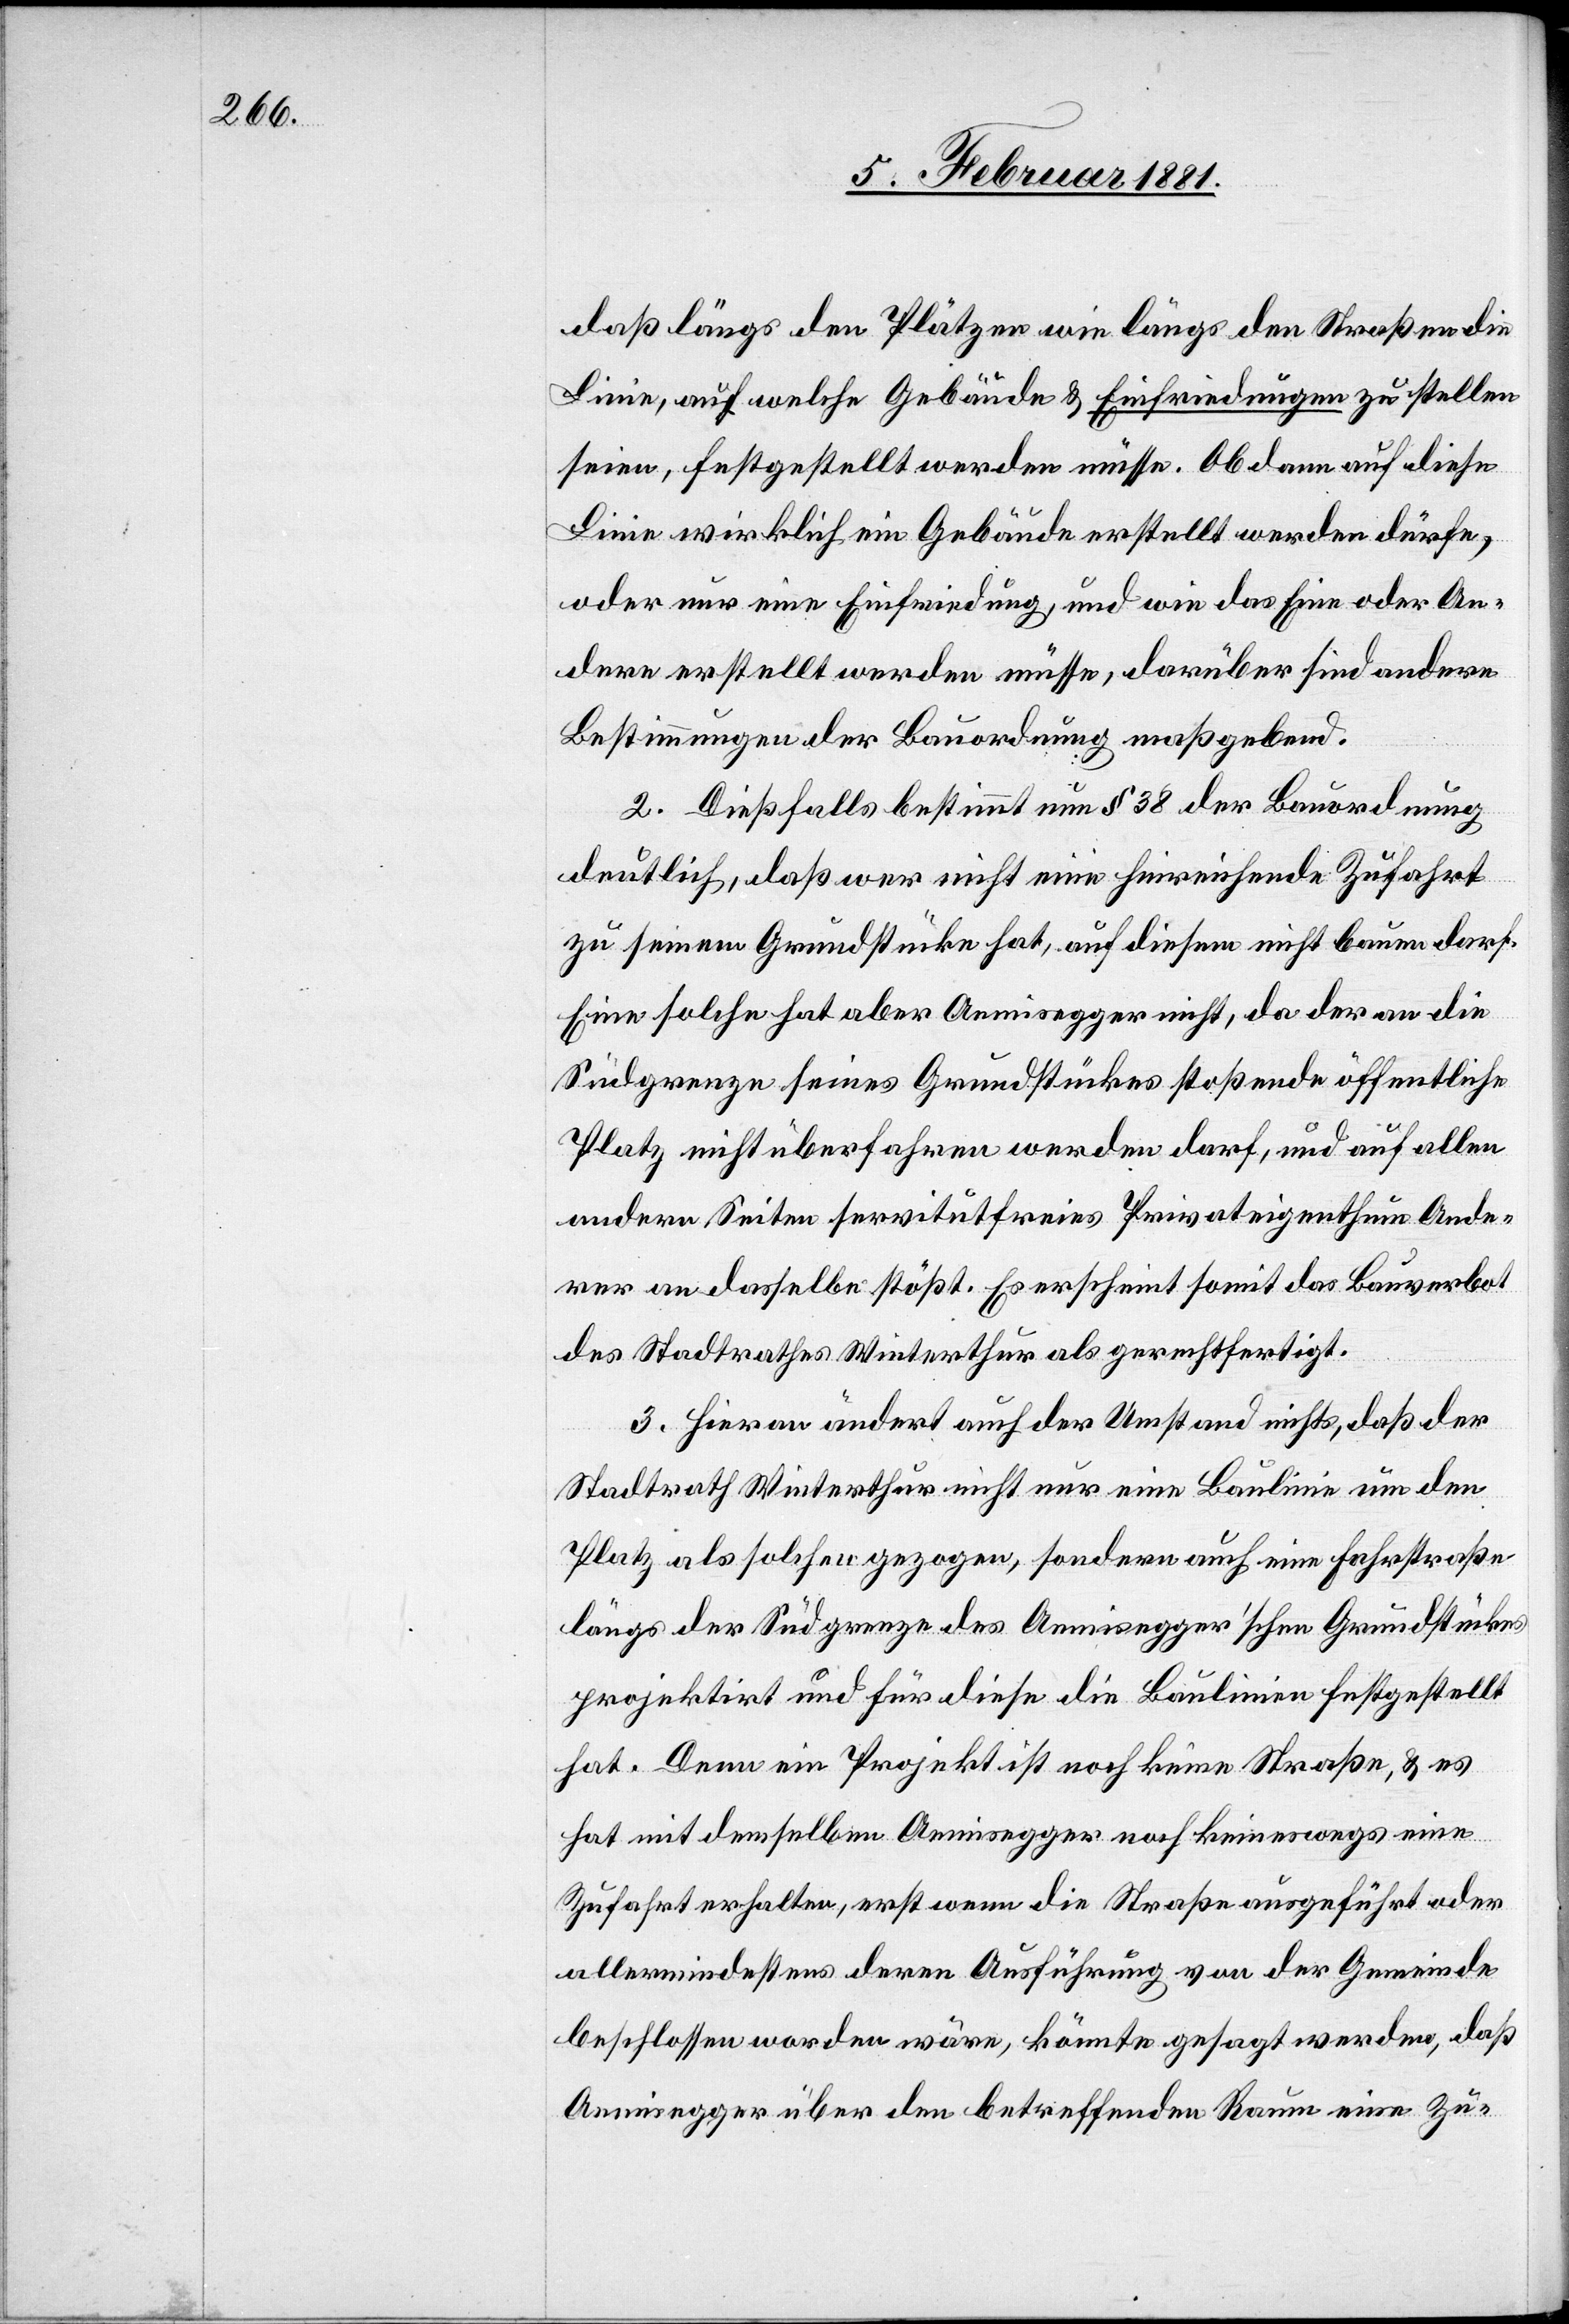
daß längs den Plätzen wie längs den Straßen die
Linie, auf welche Gebäude & Einfriedungen zu stellen
seien, festgestellt werden müsse. Ob dann auf diese
Linie wirklich ein Gebäude erstellt werden dürfe,
oder nur eine Einfriedung, und wie das Eine oder An¬
dere erstellt werden müsse, darüber sind andere
Bestimmungen der Bauordnung maßgebend.
2. Dießfalls bestimmt nun § 38 der Bauordnung
deutlich, daß wer nicht eine hinreichende Zufahrt
zu seinem Grundstücke hat, auf diesem nicht bauen darf.
Eine solche hat aber Aemisegger nicht, da der an die
Südgrenze seines Grundstückes stoßende öffentliche
Platz nicht überfahren werden darf, und auf allen
andern Seiten servitutfreies Privateigenthum Ande¬
rer an dasselbe stößt. Es erscheint somit das Bauverbot
des Stadtrathes Winterthur als gerechtfertigt.
3. Hieran ändert auch der Umstand nichts, daß der
Stadtrath Winterthur nicht nur eine Baulinie um den
Platz als solchen gezogen, sondern auch eine Fahrstraße
längs der Südgrenze des Aemisegger’schen Grundstückes
projektirt und für diese die Baulinien festgestellt
hat. Denn ein Projekt ist noch keine Straße, & es
hat mit demselben Aemisegger noch keineswegs eine
Zufahrt erhalten, erst wenn die Straße ausgeführt oder
allermindestens deren Ausführung von der Gemeinde
beschlossen worden wäre, könnte gesagt werden, daß
Aemisegger über den betreffenden Raum eine Zu-